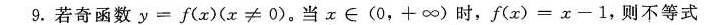
9.若奇函数$$y = f ( x ) ( x ≠ 0)$$。当$$x ∈ (0，+∞) $$时，$$f ( z ) = x - 1$$，则不等式